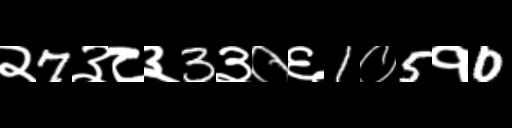
Text: २7३८३3३०६1०5१0